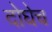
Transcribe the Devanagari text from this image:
दोघेच